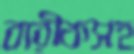
বারীকসহ